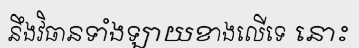
នឹងវិធានទាំងឡាយខាងលើទេ នោះ